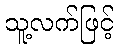
သူ့လက်ဖြင့်